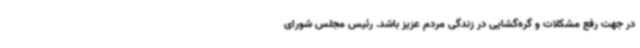
در جهت رفع مشکلات و گره‌گشایی در زندگی مردم عزیز باشد. رئیس مجلس شورای